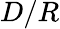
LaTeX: D/R